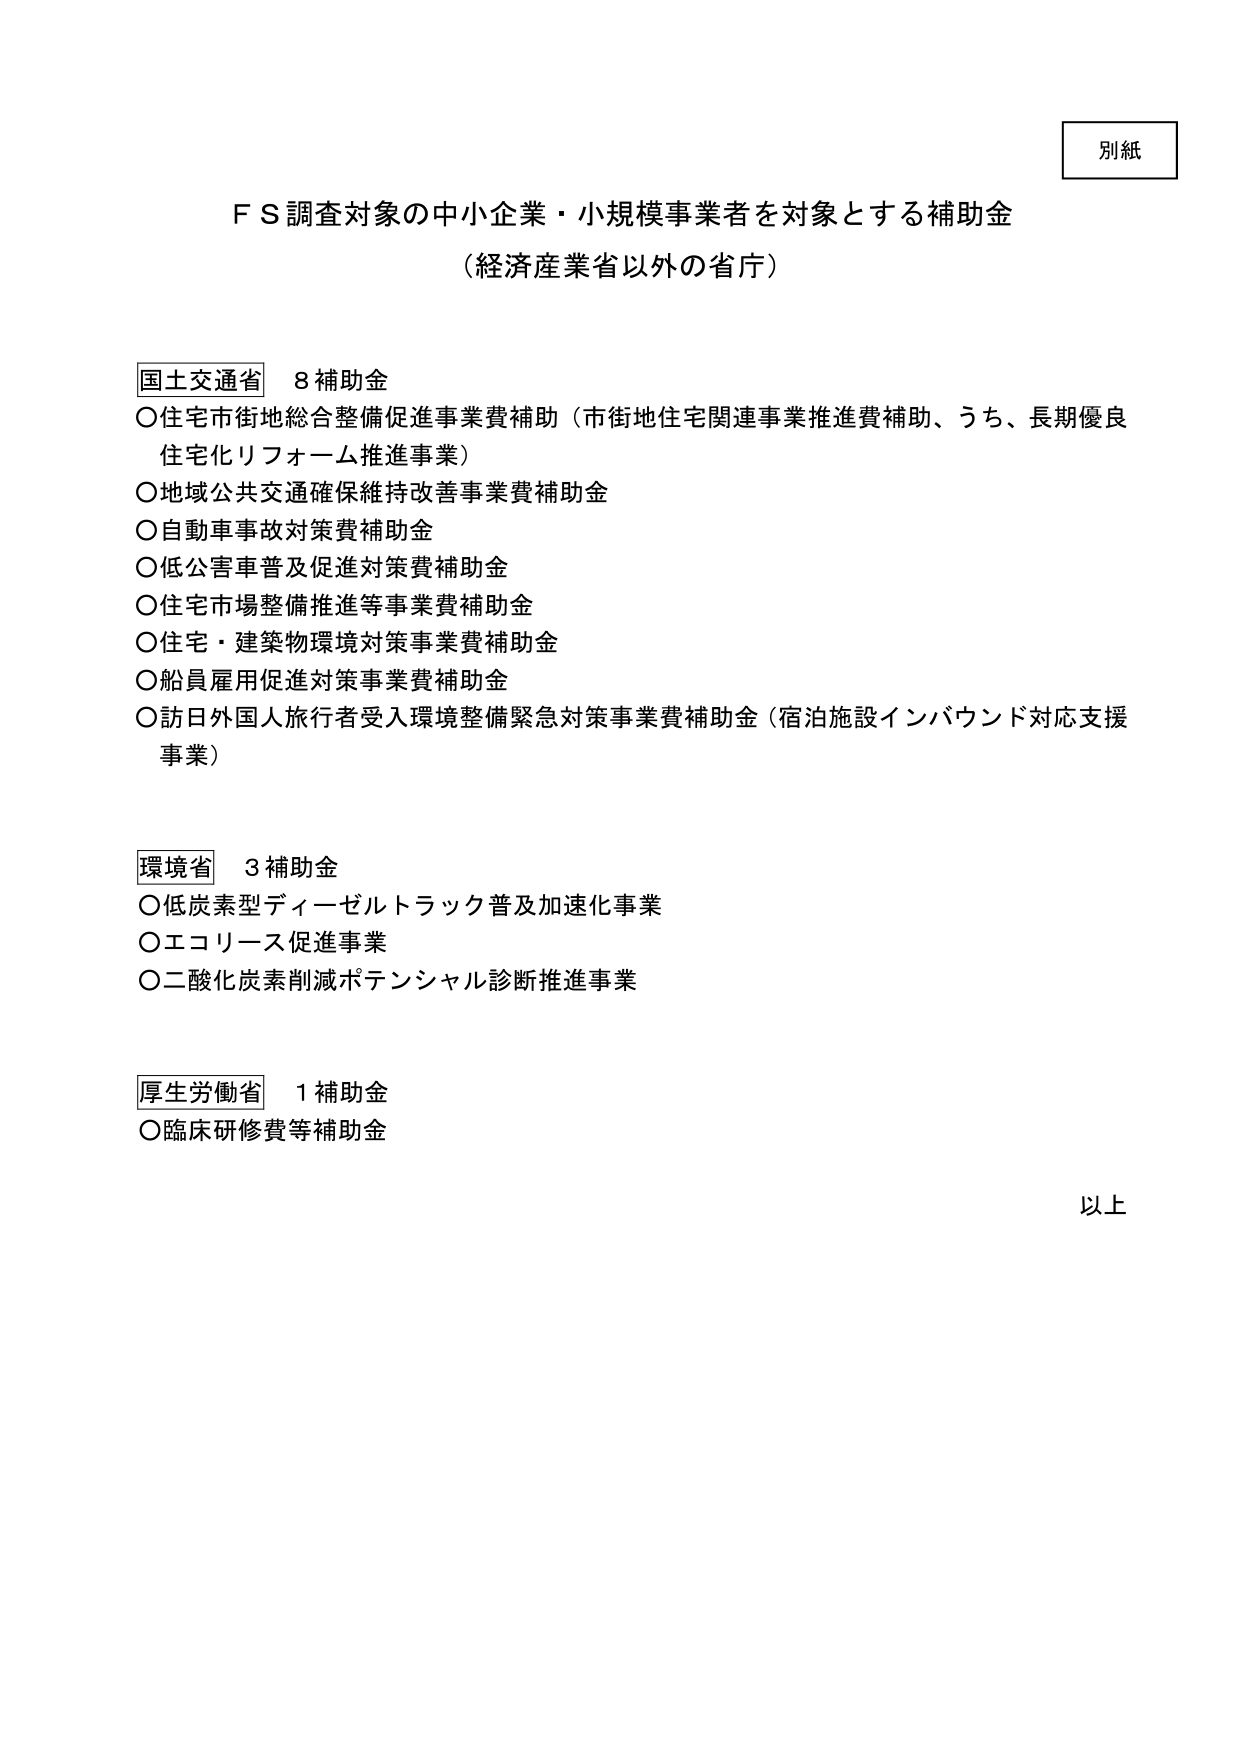
別紙

ＦＳ調査対象の中小企業・小規模事業者を対象とする補助金
（経済産業省以外の省庁）

国土交通省　８補助金
○住宅市街地総合整備促進事業費補助（市街地住宅関連事業推進費補助、うち、長期優良
　住宅化リフォーム推進事業）
○地域公共交通確保維持改善事業費補助金
○自動車事故対策費補助金
○低公害車普及促進対策費補助金
○住宅市場整備推進等事業費補助金
○住宅・建築物環境対策事業費補助金
○船員雇用促進対策事業費補助金
○訪日外国人旅行者受入環境整備緊急対策事業費補助金（宿泊施設インバウンド対応支援
　事業）

環境省　３補助金
○低炭素型ディーゼルトラック普及加速化事業
○エコリース促進事業
○二酸化炭素削減ポテンシャル診断推進事業

厚生労働省　１補助金
○臨床研修費等補助金

以上